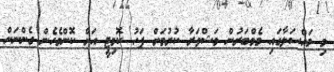
މި މައްސަލާގައި މެމްބަރުން މަޝްވަރާ ކުރުމަށް ފަހު ކޮމިޓީ އަށް ކޮންމެހެން ގެންނަން